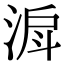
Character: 𣶉